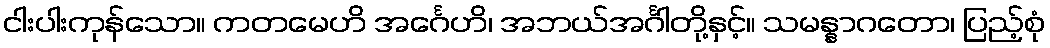
ငါးပါးကုန်သော။ ကတမေဟိ အင်္ဂေဟိ၊ အဘယ်အင်္ဂါတို့နှင့်။ သမန္နာဂတော၊ ပြည့်စုံ